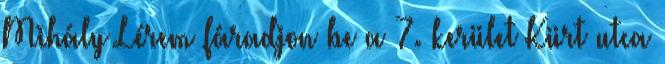
Mihály Lérem fáradjon be a 7. kerület Kürt utca